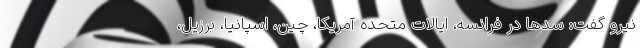
نیرو گفت: سدها در فرانسه، ایالات متحده آمریکا، چین، اسپانیا، برزیل،